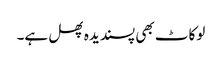
لوکاٹ بھی پسندیدہ پھل ہے۔